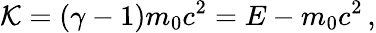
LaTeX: \mathcal{K}=(\gamma-1)m_{0}c^{2}=E-m_{0}c^{2}\, ,